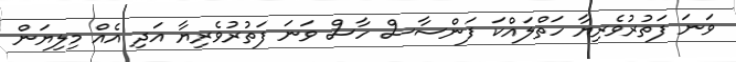
ވަނަ ފަތުރުވެރިޔާ ހަތްލައްކަ ފަންސާސް ހާސް ވަނަ ފަތުރުވެރިޔާ އަދި އެއް މިލިޔަން